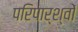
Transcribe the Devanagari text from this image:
परिपार्श्वों